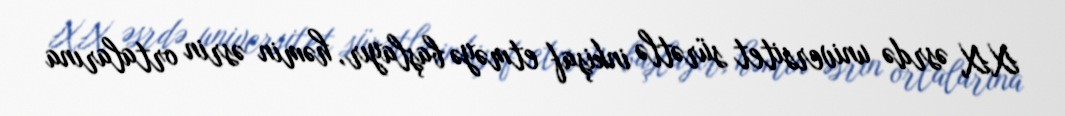
XX əsrdə universitet sürətlə inkişaf etməyə başlayır, həmin əsrin ortalarına